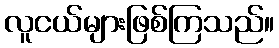
လူငယ်များဖြစ်ကြသည်။